Civil Veterinary Department Bihar & Orissa reports 1911-21 - 1911-1921
Year: 1911
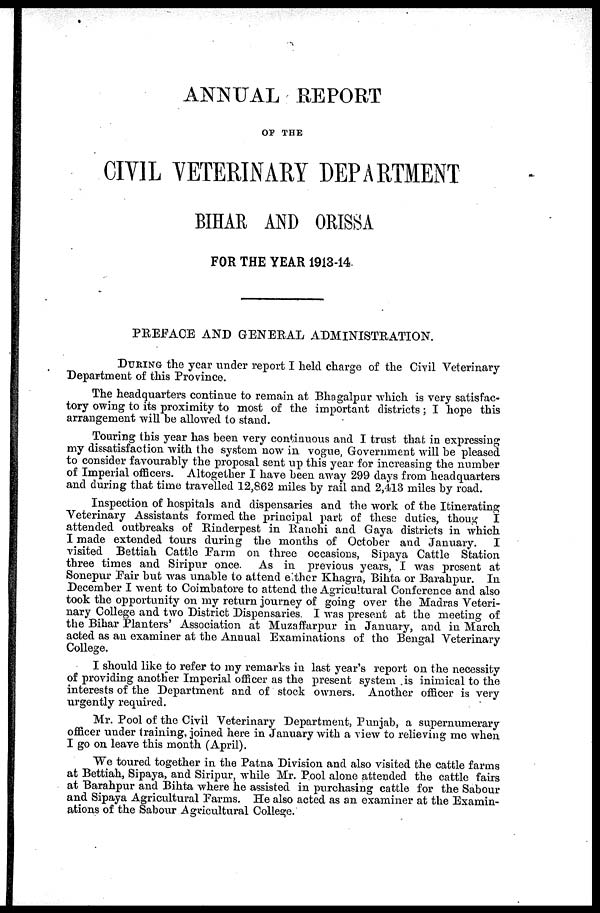
ANNUAL REPORT
OF THE
CIVIL VETERINARY DEPARTMENT
BIHAR AND ORISSA
FOR THE YEAR 1913-14.
PREFACE AND GENERAL ADMINISTRATION.
DURING the year under report I held charge of the Civil Veterinary
Department of this Province.
The headquarters continue to remain at Bhagalpur which is very satisfac-
tory owing to its proximity to most of the important districts; I hope this
arrangement will be allowed to stand.
Touring this year has been very continuous and I trust that in expressing
my dissatisfaction with the system now in vogue, Government will be pleased
to consider favourably the proposal sent up this year for increasing the number
of Imperial officers. Altogether I have been away 299 days from headquarters
and during that time travelled 12,862 miles by rail and 2,413 miles by road.
Inspection of hospitals and dispensaries and the work of the Itinerating
Veterinary Assistants formed the principal part of these duties, thoug I
attended outbreaks of Rinderpest in Ranchi and Gaya districts in which
I made extended tours during the months of October and January.
I
visited Bettiah Cattle Farm on three occasions, Sipaya Cattle Station
three times and Siripur once. As in previous years, I was present at
Sonepur Pair but was unable to attend either Khagra, Bihta or Barahpur. In
December I went to Coimbatore to attend the Agricultural Conference and also
took the opportunity on my return journey of going over the Madras Veteri-
nary College and two District Dispensaries. I was present at the meeting of
the Bihar Planters' Association at Muzaffarpur in January, and in March
acted as an examiner at the Annual Examinations of the Bengal Veterinary
College.
I should like to refer to my remarks in last year's report on the necessity
of providing another Imperial officer as the present system is inimical to the
interests of the Department and of stock owners. Another officer is very
urgently required.
Mr. Pool of the Civil Veterinary Department, Punjab, a supernumerary
officer under training, joined here in January with a view to relieving me when
I go on leave this month (April).
We toured together in the Patna Division and also visited the cattle farms
at Bettiah, Sipaya, and Siripur, while Mr. Pool alone attended the cattle fairs
at Barahpur and Bihta where he assisted in purchasing cattle for the Sabour
and Sipaya Agricultural Farms. He also acted as an examiner at the Examin-
ations of the Sabour Agricultural College.